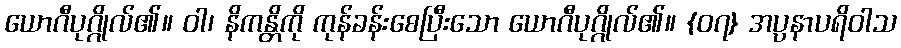
ယောဂီပုဂ္ဂိုလ်၏။ ဝါ၊ နိကန္တိကို ကုန်ခန်းစေပြီးသော ယောဂီပုဂ္ဂိုလ်၏။ {၀၇} အပ္ပနာပရိဝါသ